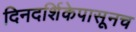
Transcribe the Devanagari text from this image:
दिनदर्शिकेपासूनच